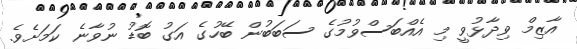
އާޒިމް ވިދާޅުވީ މި އެއްބަސްވުމުގެ ސަބަބުން ބޭހުގެ އަގު ބޮޑު ނުވާނެ ކަމަށެވެ.